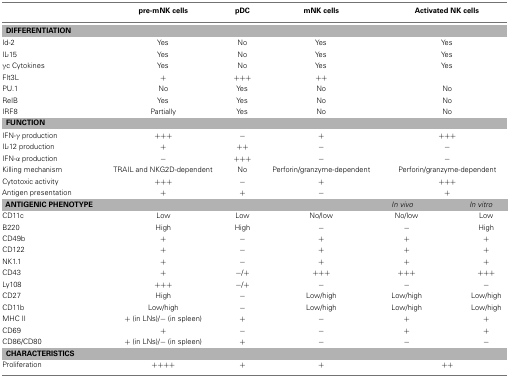
|  | pre-mNK cells | pDC | mNK cells | <COLSPAN=2> Activated NK cells |
 | --- | --- | --- | --- | --- | --- |
 | <COLSPAN=6> DIFFERENTIATION |
 | Id-2 | Yes | No | Yes | <COLSPAN=2> Yes |
 | IL-15 | Yes | No | Yes | <COLSPAN=2> Yes |
 | γc Cytokines | Yes | No | Yes | <COLSPAN=2> Yes |
 | Flt3L | + | +++ | ++ |  |
 | PU.1 | No | Yes | No | <COLSPAN=2> No |
 | RelB | Yes | Yes | No | <COLSPAN=2> No |
 | IRF8 | Partially | Yes | No | <COLSPAN=2> No |
 | <COLSPAN=6> FUNCTION |
 | IFN-γ production | +++ | − | + | <COLSPAN=2> +++ |
 | IL-12 production | + | ++ | − | <COLSPAN=2> − |
 | IFN-α production | − | +++ | − | <COLSPAN=2> − |
 | Killing mechanism | TRAIL and NKG2D-dependent | No | Perforin/granzyme-dependent | <COLSPAN=2> Perforin/granzyme-dependent |
 | Cytotoxic activity | +++ | − | + | <COLSPAN=2> +++ |
 | Antigen presentation | + | + | − | <COLSPAN=2> + |
 | <COLSPAN=4> ANTIGENIC PHENOTYPE | In vivo | In vitro |
 | CD11c | Low | Low | No/low | No/low | Low |
 | B220 | High | High | − | − | High |
 | CD49b | + | − | + | + | + |
 | CD122 | + | − | + | + | + |
 | NK1.1 | + | − | + | + | + |
 | CD43 | + | −/+ | +++ | +++ | +++ |
 | Ly108 | +++ | −/+ | − | − | − |
 | CD27 | High | − | Low/high | Low/high | Low/high |
 | CD11b | Low/high | − | Low/high | Low/high | Low/high |
 | MHC II | + (in LNs)/−(in spleen) | + | − | + | + |
 | CD69 | + | − | − | + | + |
 | CD86/CD80 | + (in LNs)/−(in spleen) | + | − | − | − |
 | <COLSPAN=6> CHARACTERISTICS |
 | Proliferation | ++++ | + | + | <COLSPAN=2> ++ |